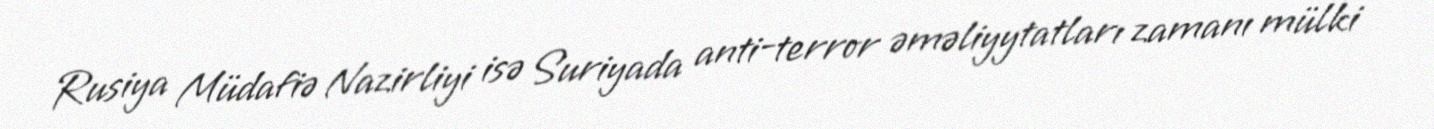
Rusiya Müdafiə Nazirliyi isə Suriyada anti-terror əməliyytatları zamanı mülki